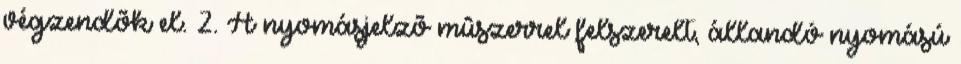
végzendõk el. 2. A nyomásjelzõ mûszerrel felszerelt, állandó nyomású